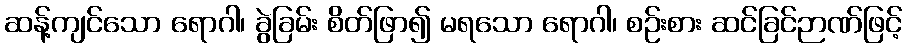
ဆန့်ကျင်သော ရောဂါ၊ ခွဲခြမ်း စိတ်ဖြာ၍ မရသော ရောဂါ၊ စဉ်းစား ဆင်ခြင်ဉာဏ်ဖြင့်